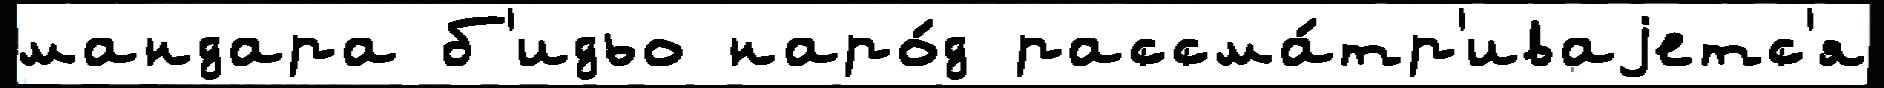
мандара б'идьо наро́д рассма́тр'иваjетс'я